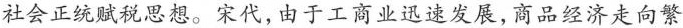
社会正统赋税思想。宋代,由于工商业迅速发展,商品经济走向繁